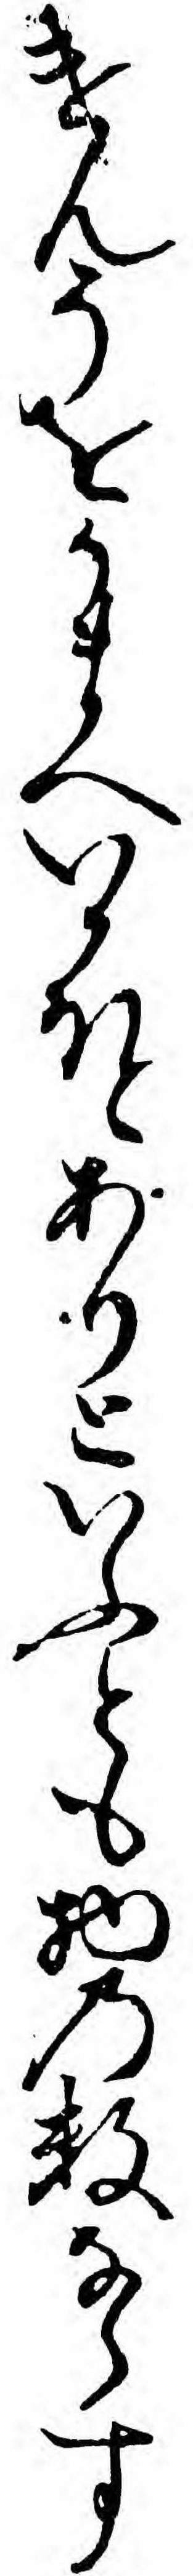
けんそをかまへいかほとありといふとも物の数ならす